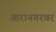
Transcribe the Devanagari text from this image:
आरानगरवर